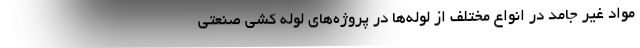
مواد غیر جامد در انواع مختلف از لوله‌ها در پروژه‌های لوله کشی صنعتی